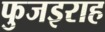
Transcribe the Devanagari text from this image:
फुजइराह